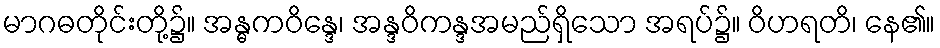
မာဂဓတိုင်းတို့၌။ အန္ဓကဝိန္ဒေ၊ အန္ဒဝိကန္ဒအမည်ရှိသော အရပ်၌။ ဝိဟရတိ၊ နေ၏။